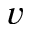
v